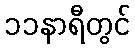
၁၁နာရီတွင်